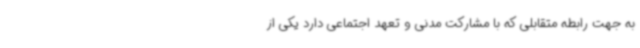
به جهت رابطه متقابلی که با مشارکت مدنی و تعهد اجتماعی دارد یکی از